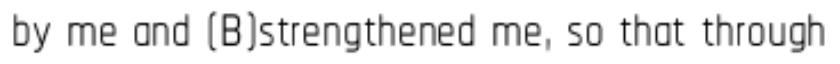
by me and (B)strengthened me, so that through